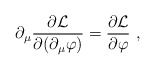
\begin{align*}\partial_{\mu}\frac{\partial{\mathcal{L}}}{\partial(\partial_{\mu}\varphi)} =\frac{\partial{\mathcal{L}}}{\partial\varphi}\ ,\end{align*}